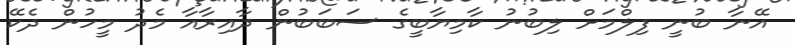
އޭނާ ބުނީ ފިލްމަށް ލިބުނު ކާމިޔާބީގެ ސަބަބުން ދާއިރާއާ މެދު މީހުން ދެކޭ